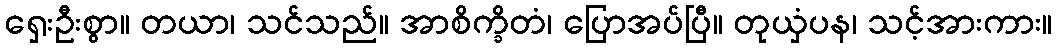
ရှေးဦးစွာ။ တယာ၊ သင်သည်။ အာစိက္ခိတံ၊ ပြောအပ်ပြီ။ တုယှံပန၊ သင့်အားကား။